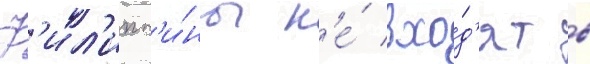
Ф'ил'ипп'и́ны н'е́ вхо́д'ят в